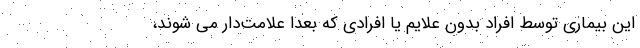
این بیماری توسط افراد بدون علایم یا افرادی که بعدا علامت‌دار می شوند،